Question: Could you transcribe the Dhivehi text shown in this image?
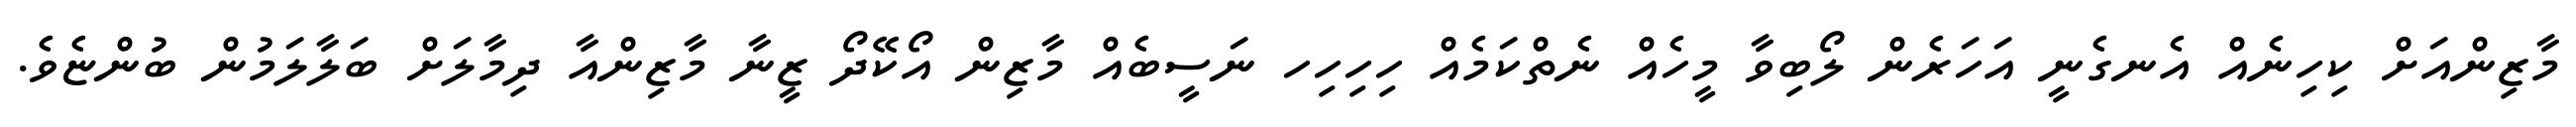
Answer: މާޒިންއަށް ކިހިނެއް އެނގެނީ އަހަރެން ލޯބިވާ މީހެއް ނެތްކަމެއް ހިހިހިހ ނަސީބެއް މާޒިން އޯކޭދޯ ޒީނާ މާޒިންއާ ދިމާލަށް ބަލާލަމުން ބުންޏެވެ.